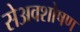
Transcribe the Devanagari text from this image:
सेअवशोषण